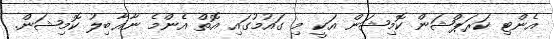
އެންޓި ކަރަޕްޝަން ކޮމިޝަން އަކީ މި ގައުމުގައި އޮތް އެންމެ ނާޣާބިލު ކޮމިޝަން.